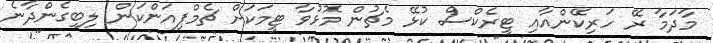
މާދަމާ ރޭ ހަރިކޭންއާއި ޓީރެކްސް ކުޅޭ މެޗުން މޮޅުވާ ޓީމަކަށް ޗެމްޕިއަންކަން ލިބިގެންދާނެ